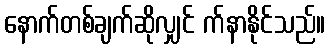
နောက်တစ်ချက်ဆိုလျှင် က်နာနိုင်သည်။